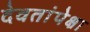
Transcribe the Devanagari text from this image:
देवतांपेक्षा